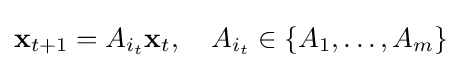
{{\textbf {x}}_{t+1}}=A_{i_{t}}{\textbf {x}}_{t},\quad A_{i_{t}}\in \{A_{1},\dots ,A_{m}\}